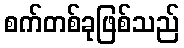
စက်တစ်ခုဖြစ်သည်